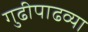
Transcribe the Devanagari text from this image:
गुढीपाढव्या